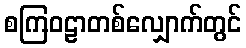
စကြဝဠာတစ်လျှောက်တွင်